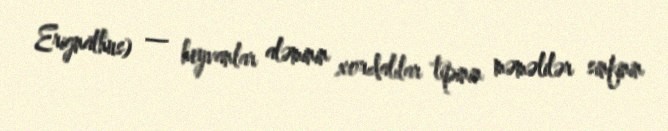
Erignathus) — heyvanlar aləminin xordalılar tipinin məməlilər sinfinin